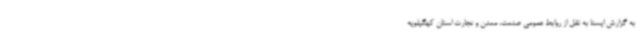
به گزارش ایسنا به نقل از روابط عمومی صنعت، معدن و تجارت استان کهگیلویه